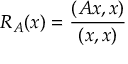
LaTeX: R _ { A } ( x ) = { \frac { ( A x , x ) } { ( x , x ) } }